King Institute of Preventive Medicine Micro-Biological Section reports 1909-11
Year: 1909
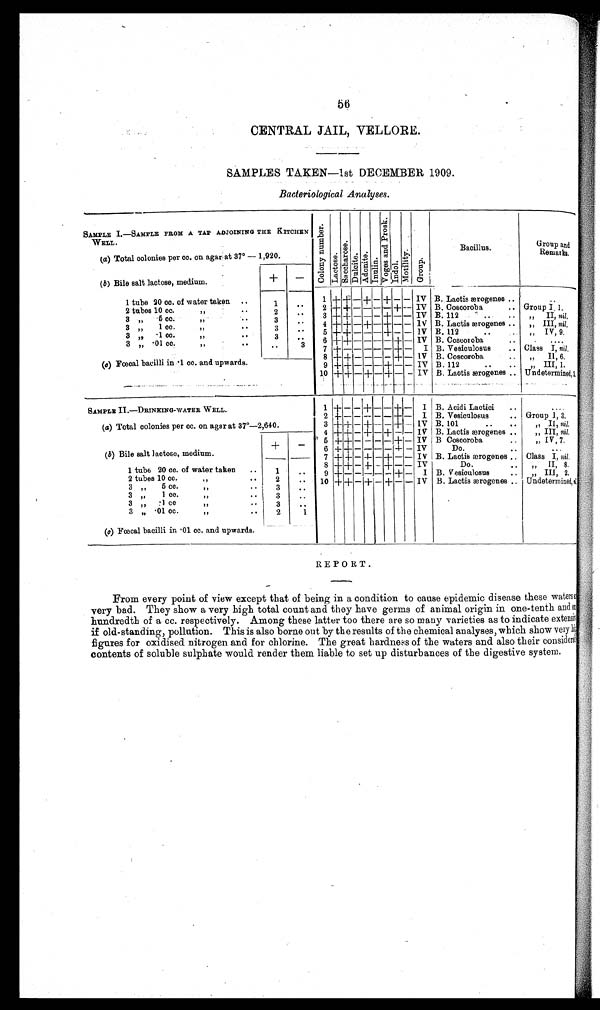
56
CENTRAL JAIL, VELLORE.
SAMPLES TAKEN —1st DECEMBER 1909.
Bacteriological Analyses.
SAMPLE I.
—
SAMPLE FROM A TAP ADJOINING THE KITCHEN
WELL.
C o l o n y n u m b e r . Lact os e.
S a c c h a r o s e .
Du l c i t e . Adoni t e . I n u l i n . V o g e s a n d P r o s k . Indol . Mo t i l i t y . Group.
Bacillus.
Group and
Remarks.
(a) Total colonies per cc. on agar at 37° — 1,920.
(b) Bile salt lactose, medium.
+ —
1 + +
—
+ — + — — IV B. Lactis ærogenes ..
. .
1 tube 20 cc. of water
..
1
. . 2 + + — —
— — +
—
IV B. Coscoroba .. Group I 1.
2 t u b e s 1 0 c c .
, ,
. . 2
. . 3 +
+ — — — + — — IV B.112 .. ..
, , I I ,
n i l .
3 ,, 5 cc. ,,
..
3
. . 4 + + — +
—
+
— —
I V B. Lactis ærogenes ..
, , I I I ,
n i l
.
3 „ 1 cc.
,,
.
.
3
. . 5 + + — — — +
— — IV B. 112 .. ..
„ IV, 9,
3 ,,
cc.
,,
.
.
3
. . 6 + + — — — — + — IV B. Coscroba ..
....
3
, ,
· 0 1 c c .
, ,
. .
. .
3 7 +
— — — — —
+ — I B. Vesiculosus .. Class I, nil.
8 + + —
— —
— + — IV B. Coscoroba .. ,, II, 6.
(c) Fœcal bacilli in ·1 cc. and upwards.
9 + +
— — —
+
— —
IV B. 112 .. ..
, , I I I , 1 .
10 + + — + — + —
—
IV B. Lactis ærogenes .. Undetermined, 3.
SAMPLE II.—DRINKING-WATERW E L L . 1 + — — +
— —
+ — I B. Acidi Lactici ..
. . . .
2 + — — — — — + — I B. Vesiculosus .. Gr oup 1 3.
(a) Total colonies per cc. on agar at 37°—
2,640.
3 + +
—
+
— —
+
—
IV B. 101 .. .. ,, II, nil,
4 + + — + — + — — IV B. Lactis ærogenes .. „ III, n i l .
5 + + — — — — + — IV B Coscoroba ..
, , I V ,
7 .
+ — 6 + + — — —
—
+ — IV
Do. ..
. . .
(b) Bile salt lactose, medium.
7 + + — + — + — — IV B. Lactis ærogenes .. Class I, nil.
8 + + — +
—
+ — — IV
Do. ..
,, II, 8.
1 tube 20 cc. of water taken .. 1
. . 9 +
—
— — —
—
+ — I B. Vesioulosus ..
, , I I I , 2 ,
2 tubes 10 cc. ,, ..
2
. . 10 + + — +
—
+ — — IV B. Lactis ærogenes Undetermined.
3
,, cc.
,, ..
3
. .
3 „ 1 cc.
,, ..
3 ..
3 „ ·1 cc
,, ..
3
. .
3 „ -01 cc. ,, ..
2
1
(c) Fœcal bacilli in ·01 cc and upwards.
REPORT.
From every point of view except that of being in a condition to cause epidemic disease these waters
very bad. They show a very high total count and they have germs of animal origin in one-tenth and or
hundredth of a cc. respectively. Among these latter too there are so many varieties as to indicate extensive
if old-standing, pollution. This is also borne out by the results of the chemical analyses, which show very his
figures for oxidised nitrogen and for chlorine. The great hardness of the waters and also their considers;
contents of soluble sulphate would render them liable to set up disturbances of the digestive system.